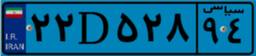
۹۷D۴۲۰۱۰